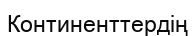
Континенттердің